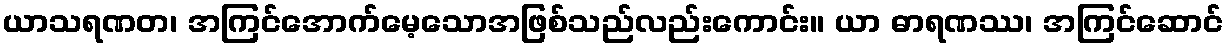
ယာသရဏတ၊ အကြင်အောက်မေ့သောအဖြစ်သည်လည်းကောင်း။ ယာ ဓာရဏဿ၊ အကြင်ဆောင်